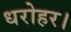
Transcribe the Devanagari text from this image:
धरोहर।